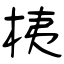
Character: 桋